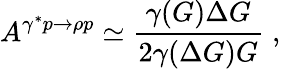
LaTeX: A^{\gamma^{*}p\to\rho p}\simeq\frac{\gamma(G)\Delta G}{2\gamma(\Delta G)G}\; ,